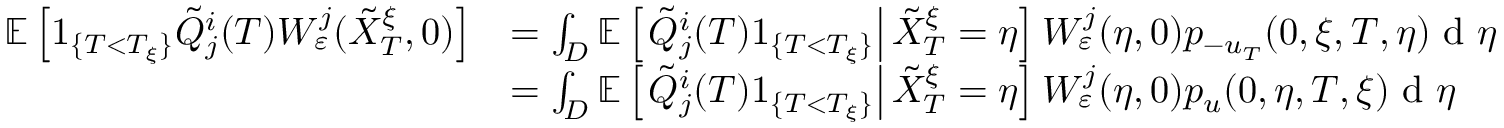
\begin{array} { r l } { \mathbb { E } \left[ 1 _ { \{ T < T _ { \xi } \} } \tilde { Q } _ { j } ^ { i } ( T ) W _ { \varepsilon } ^ { j } ( \tilde { X } _ { T } ^ { \xi } , 0 ) \right] } & { = \int _ { D } \mathbb { E } \left[ \left. \tilde { Q } _ { j } ^ { i } ( T ) 1 _ { \{ T < T _ { \xi } \} } \right| \tilde { X } _ { T } ^ { \xi } = \eta \right] W _ { \varepsilon } ^ { j } ( \eta , 0 ) p _ { - u _ { T } } ( 0 , \xi , T , \eta ) \textrm { d } \eta } \\ & { = \int _ { D } \mathbb { E } \left[ \left. \tilde { Q } _ { j } ^ { i } ( T ) 1 _ { \{ T < T _ { \xi } \} } \right| \tilde { X } _ { T } ^ { \xi } = \eta \right] W _ { \varepsilon } ^ { j } ( \eta , 0 ) p _ { u } ( 0 , \eta , T , \xi ) \textrm { d } \eta } \end{array}